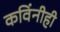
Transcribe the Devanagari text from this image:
कविंनीही